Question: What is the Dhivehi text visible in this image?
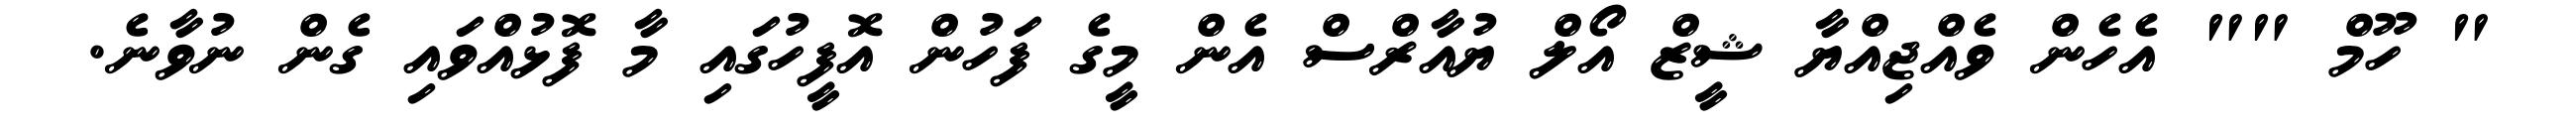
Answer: " ހޫމް "" އެހެން ވެއްޖިއްޔާ ޝީޒް އޯލް ޔުއާރްސް އެން މީގެ ފަހުން އޮފީހުގައި މާ ފޮޅުއްވައި ގެން ނުވާނެ.